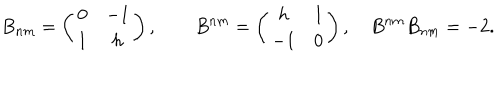
B _ { n m } = \left( \begin{array} { c c } { { 0 } } & { { - 1 } } \\ { { 1 } } & { { h } } \\ \end{array} \right) , \qquad B ^ { n m } = \left( \begin{array} { c c } { { h } } & { { 1 } } \\ { { - 1 } } & { { 0 } } \\ \end{array} \right) , \quad B ^ { n m } B _ { n m } = - 2 .